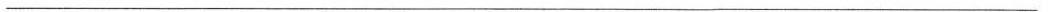
_